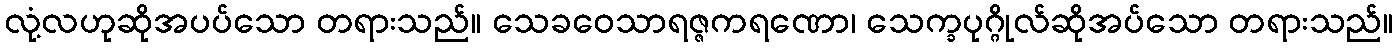
လုံ့လဟုဆိုအပပ်သော တရားသည်။ သေခဝေသာရဇ္ဇကရဏော၊ သေက္ခပုဂ္ဂိုလ်ဆိုအပ်သော တရားသည်။